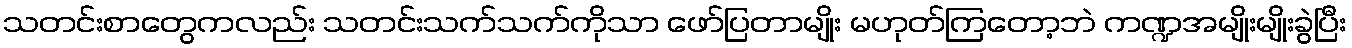
သတင်းစာတွေကလည်း သတင်းသက်သက်ကိုသာ ဖော်ပြတာမျိုး မဟုတ်ကြတော့ဘဲ ကဏ္ဍအမျိုးမျိုးခွဲပြီး